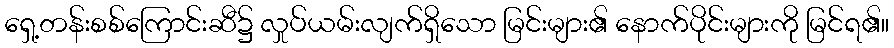
ရှေ့တန်းစစ်ကြောင်းဆီ၌ လှုပ်ယမ်းလျက်ရှိသော မြင်းများ၏ နောက်ပိုင်းများကို မြင်ရ၏။